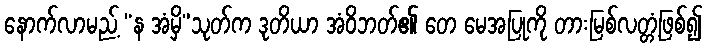
နောက်လာမည့် “န အံမှိ”သုတ်က ဒုတိယာ အံဝိဘတ်၏ တေ မေအပြုကို တားမြစ်လတ္တံ့ဖြစ်၍